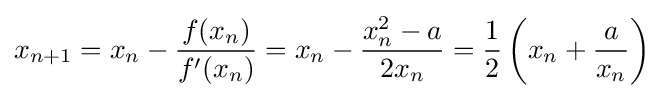
x_{n+1}=x_{n}-{\frac {f(x_{n})}{f'(x_{n})}}=x_{n}-{\frac {x_{n}^{2}-a}{2x_{n}}}={\frac {1}{2}}\left(x_{n}+{\frac {a}{x_{n}}}\right)